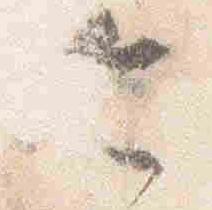
令